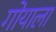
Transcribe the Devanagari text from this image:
गोयाला